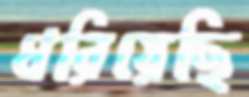
ধরিয়েছি